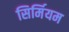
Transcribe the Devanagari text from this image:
सिर्मियम